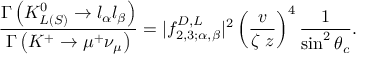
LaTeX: \frac { \Gamma \left( K _ { L ( S ) } ^ { 0 } \rightarrow l _ { \alpha } l _ { \beta } \right) } { \Gamma \left( K ^ { + } \rightarrow \mu ^ { + } \nu _ { \mu } \right) } = | f _ { 2 , 3 ; \alpha , \beta } ^ { D , L } | ^ { 2 } \left( \frac { v } { \zeta \, \, z } \right) ^ { 4 } \frac { 1 } { \sin ^ { 2 } \theta _ { c } } .